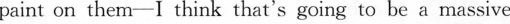
paint on them-I think that's going to be a massive